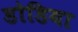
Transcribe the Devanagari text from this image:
डोडिया